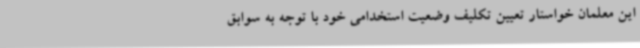
این معلمان خواستار تعیین تکلیف وضعیت استخدامی خود با توجه به سوابق